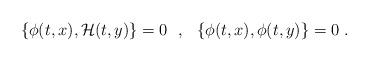
LaTeX: \begin{align*}\{\phi(t,x),{\cal H}(t,y)\}=0\ \ ,\ \ \{\phi(t,x),\phi(t,y)\}=0\ .\end{align*}